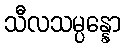
သီလသမ္ပန္နော